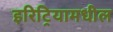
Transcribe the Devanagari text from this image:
इरिट्रियामधील